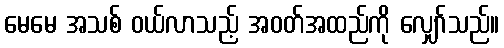
မေမေ အသစ် ဝယ်လာသည့် အဝတ်အထည်ကို လျှော်သည်။